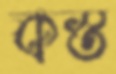
কস্ত